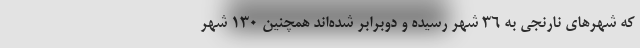
که شهرهای نارنجی به 36 شهر رسیده و دوبرابر شده‌اند همچنین 130 شهر